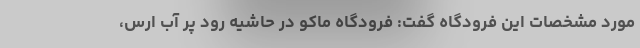
مورد مشخصات این فرودگاه گفت: فرودگاه ماکو در حاشیه رود پر آب ارس،